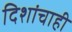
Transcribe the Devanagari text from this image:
दिशांचाही